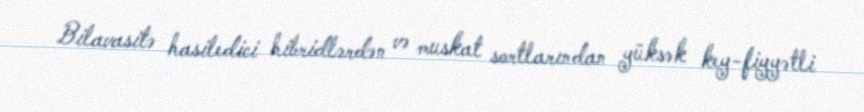
Bilavasitə hasiledici hibridlərdən və muskat sortlarından yüksək key-fiyyətli